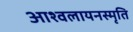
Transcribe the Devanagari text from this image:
आश्वलायनस्मृति